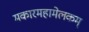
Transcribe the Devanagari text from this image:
मकारमहामेलकम्